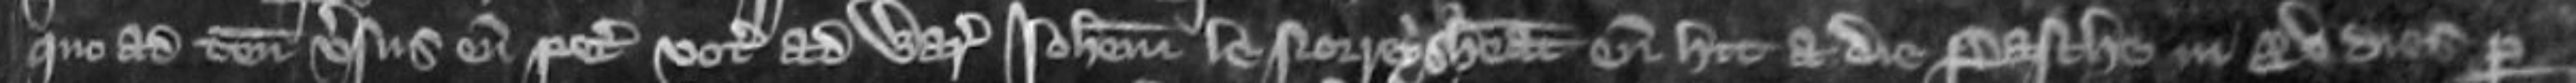
quo ad tenementum versus eum petitum vocat ad warantiam Johannem le Noreys habeat eum hic a die Pasche in xv dies per